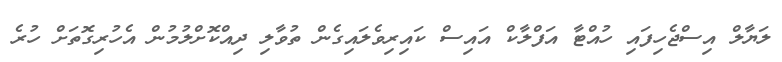
ލަޔާލް އިސްޖެހިފައި ހުއްޓާ އަފްލާކް އައިސް ކައިރިވެލައިގެން ތުވާލި ދިއްކޮށްލުމުން އެހުރިގޮތަށް ހުރެ